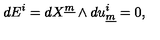
d E ^ { i } = d X ^ { \underline { { m } } } \wedge d u _ { \underline { { m } } } ^ { i } = 0 , \qquad